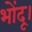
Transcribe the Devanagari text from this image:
भोंदू।